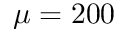
\mu = 2 0 0